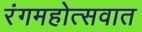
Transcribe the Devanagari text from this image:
रंगमहोत्सवात